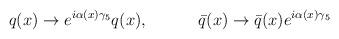
LaTeX: \begin{align*}q(x) \rightarrow e^{i\alpha(x)\gamma_{5}} q(x), \hspace{.5in}\bar{q}(x) \rightarrow \bar{q}(x) e^{i\alpha(x)\gamma_{5}}\end{align*}